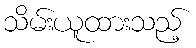
သိမ်းယူထားသည့်